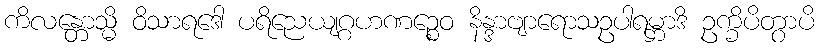
ကိလန္တောသ္မိ ဝိသာရဒေါ ပရိညေယျဂ္ဂဟဏဉ္စေဝ နိန္ဒာဗျာရောသဥပါရမ္ဘာဒိ ဥက္ခိပိတွာပိ